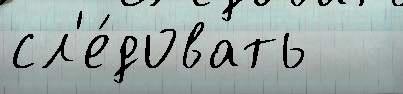
сл'е́довать